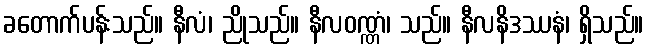
ခတောက်ပန်းသည်။ နီလံ၊ ညိုသည်။ နီလဝဏ္ဏံ၊ သည်။ နီလနိဒဿနံ၊ ရှိသည်။